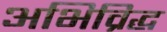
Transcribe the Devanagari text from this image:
अभिव्रिद्ध